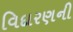
વિદારણની